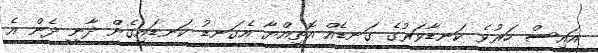
އައިސް ހަރުވެ ކަނޑާވަރުގެ ގަނޑެއް އޮތިއްޔާ އެގަނޑު ކަނޑައިގެން ދާނީ ދެން އެ